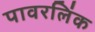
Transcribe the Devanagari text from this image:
पावरलिंक